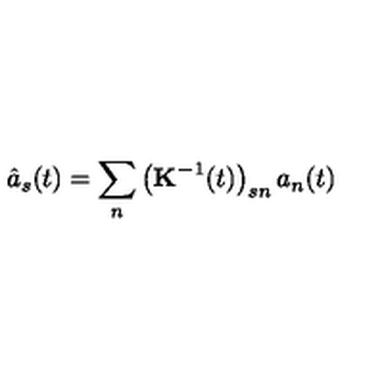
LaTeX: \hat { a } _ { s } ( t ) = \sum _ { n } \left( { \bf K } ^ { - 1 } ( t ) \right) _ { s n } a _ { n } ( t )